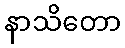
နာသိတော